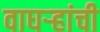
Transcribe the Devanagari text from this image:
वाघऱ्‍हांची